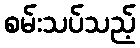
စမ်းသပ်သည့်